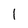
Character: 1